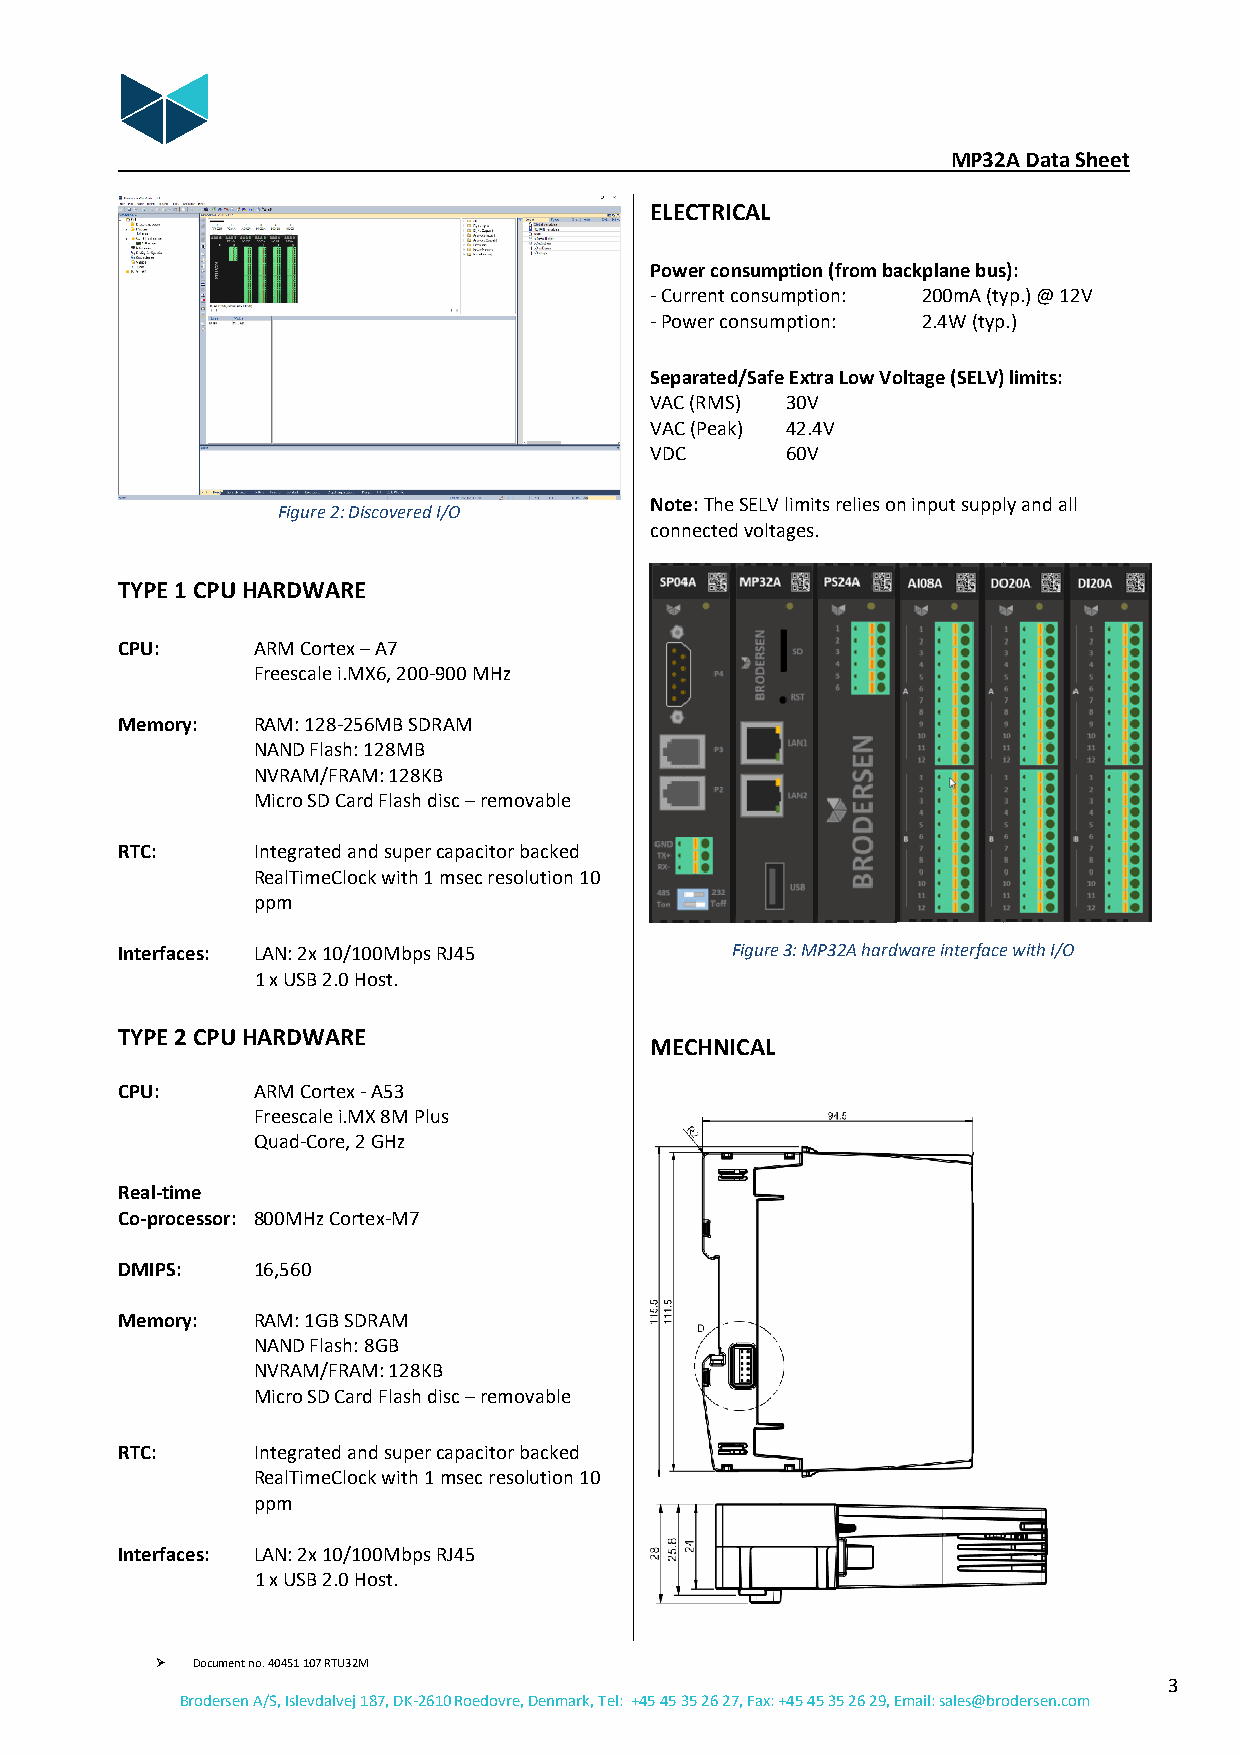
MP32A Data Sheet
 ELECTRICAL
 Power consumption (from backplane bus):
 - Current consumption: 200mA (typ.) @ 12V
 - Power consumption: 2.4W (typ.)
 Separated/Safe Extra Low Voltage (SELV) limits:
 VAC (RMS) 30V
 VAC (Peak) 42.4V
 VDC      60V
 Figure 2: Discovered I/O
 Note: The SELV limits relies on input supply and all
 connected voltages.
 TYPE 1 CPU HARDWARE
 CPU:     ARM Cortex – A7
 Freescale i.MX6, 200-900 MHz
 Memory:  RAM: 128-256MB SDRAM
 NAND Flash: 128MB
 NVRAM/FRAM: 128KB
 Micro SD Card Flash disc – removable
 RTC:     Integrated and super capacitor backed
 RealTimeClock with 1 msec resolution 10
 ppm
 Interfaces: LAN: 2x 10/100Mbps RJ45     Figure 3: MP32A hardware interface with I/O
 1 x USB 2.0 Host.
 TYPE 2 CPU HARDWARE
 MECHNICAL
 CPU:     ARM Cortex - A53
 Freescale i.MX 8M Plus
 Quad-Core, 2 GHz
 Real-time
 Co-processor: 800MHz Cortex-M7
 DMIPS:   16,560
 Memory:  RAM: 1GB SDRAM
 NAND Flash: 8GB
 NVRAM/FRAM: 128KB
 Micro SD Card Flash disc – removable
 RTC:     Integrated and super capacitor backed
 RealTimeClock with 1 msec resolution 10
 ppm
 Interfaces: LAN: 2x 10/100Mbps RJ45
 1 x USB 2.0 Host.
 ➢  Document no. 40451 107 RTU32M
 3
 Brodersen A/S, Islevdalvej 187, DK-2610 Roedovre, Denmark, Tel: +45 45 35 26 27, Fax: +45 45 35 26 29, Email: sales@brodersen.com